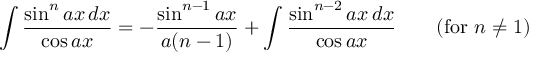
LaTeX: \int { \frac { \sin ^ { n } a x \, d x } { \cos a x } } = - { \frac { \sin ^ { n - 1 } a x } { a ( n - 1 ) } } + \int { \frac { \sin ^ { n - 2 } a x \, d x } { \cos a x } } \qquad { \mathrm { ( f o r ~ } } n \neq 1 { \mathrm { ) } }